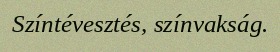
Színtévesztés, színvakság.